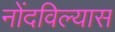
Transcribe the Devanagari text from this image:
नोंदविल्यास